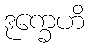
ဒုက္ခေဟိ